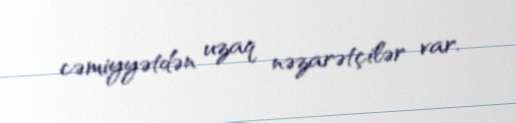
cəmiyyətdən uzaq nəzarətçilər var.